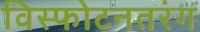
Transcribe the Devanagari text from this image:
विस्फोटनतरंग